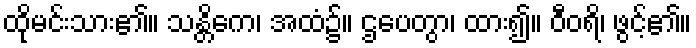
ထိုမင်းသား၏။ သန္တိကေ၊ အထံ၌။ ဌပေတွာ၊ ထား၍။ ဝီဝရိ၊ ဖွင့်၏။